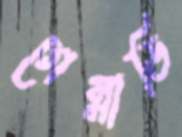
গেন্নাডি